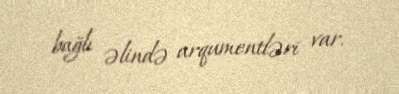
bağlı əlində arqumentləri var.